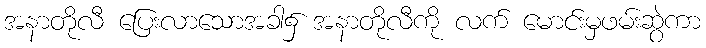
အနာတိုလီ ပြေးလာသောအခါ၌ အနာတိုလီကို လက် မောင်းမှဖမ်းဆွဲကာ